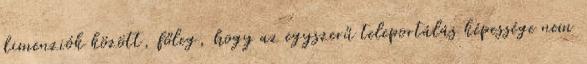
dimenziók között, főleg, hogy az egyszerű teleportálás képessége nem